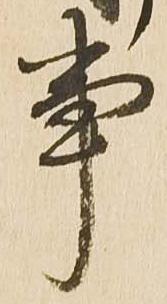
事